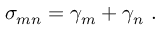
\sigma _ { m n } = \gamma _ { m } + \gamma _ { n } \mathrm { ~ . ~ }